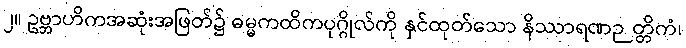
၂။ ဥဗ္ဘာဟိကအဆုံးအဖြတ်၌ ဓမ္မကထိကပုဂ္ဂိုလ်ကို နှင်ထုတ်သော နိဿာရဏဉတ္တိကံ၊